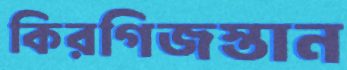
কিরগিজস্তান